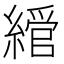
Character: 𦄮